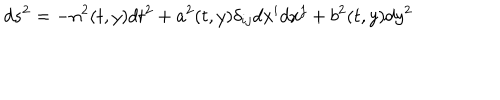
d s ^ { 2 } = - n ^ { 2 } ( t , y ) d t ^ { 2 } + a ^ { 2 } ( t , y ) \delta _ { i j } d x ^ { i } d x ^ { j } + b ^ { 2 } ( t , y ) d y ^ { 2 }